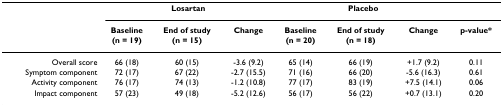
<table><thead><tr><td></td><td colspan="3"><b>Losartan</b></td><td colspan="3"><b>Placebo</b></td><td></td></tr><tr><td></td><td><b>Baseline(n = 19)</b></td><td><b>End of study(n = 15)</b></td><td><b>Change</b></td><td><b>Baseline(n = 20)</b></td><td><b>End of study(n = 18)</b></td><td><b>Change</b></td><td><b>p-value*</b></td></tr></thead><tbody><tr><td>Overall score</td><td>66 (18)</td><td>60 (15)</td><td>-3.6 (9.2)</td><td>65 (14)</td><td>66 (19)</td><td>+1.7 (9.2)</td><td>0.11</td></tr><tr><td>Symptom component</td><td>72 (17)</td><td>67 (22)</td><td>-2.7 (15.5)</td><td>71 (16)</td><td>66 (20)</td><td>-5.6 (16.3)</td><td>0.61</td></tr><tr><td>Activity component</td><td>76 (17)</td><td>74 (13)</td><td>-1.2 (10.8)</td><td>77 (17)</td><td>83 (19)</td><td>+7.5 (14.1)</td><td>0.06</td></tr><tr><td>Impact component</td><td>57 (23)</td><td>49 (18)</td><td>-5.2 (12.6)</td><td>56 (17)</td><td>56 (22)</td><td>+0.7 (13.1)</td><td>0.20</td></tr></tbody></table>